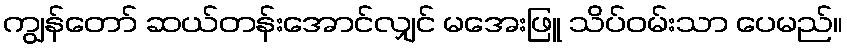
ကျွန်တော် ဆယ်တန်းအောင်လျှင် မအေးဖြူ သိပ်ဝမ်းသာ ပေမည်။